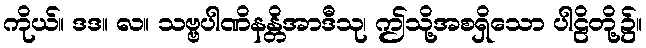
ကိုယ်။ ဒဒ။ လ။ သဗ္ဗပါဏိနန္တိအာဒီသု၊ ဤသို့အစရှိသော ပါဠိတို့၌။